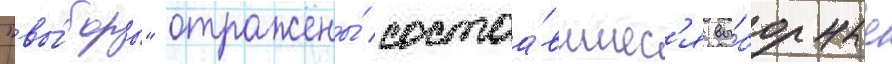
"вы́боры" отражены́ состоа́вшиес'я вы́борные